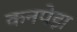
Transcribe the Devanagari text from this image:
कनपेड़ा